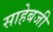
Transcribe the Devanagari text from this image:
साहेबजी